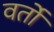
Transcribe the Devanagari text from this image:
वर्तो